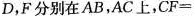
D，F分别在AB，AC上，$$C F =